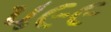
૫૯૯